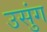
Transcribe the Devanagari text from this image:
उसुंग